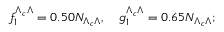
f _ { 1 } ^ { \Lambda _ { c } \Lambda } = 0 . 5 0 N _ { \Lambda _ { c } \Lambda } , ~ ~ ~ g _ { 1 } ^ { \Lambda _ { c } \Lambda } = 0 . 6 5 N _ { \Lambda _ { c } \Lambda } ;